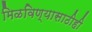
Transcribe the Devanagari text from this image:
मिळविण्यासाठीही